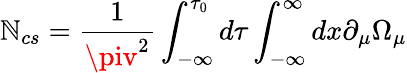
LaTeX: {\cal\mathbb{N}}_{cs}=\frac{{1}}{{\piv^{2}}}\int_{-\infty}^{\tau_{0}}d\tau\int_{-\infty}^{\infty}dx\partial_{\mu}\Omega_{\mu}